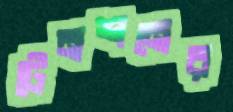
টেনশনের